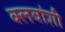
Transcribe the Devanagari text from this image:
क्लबांशी